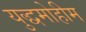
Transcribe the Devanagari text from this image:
युद्धमोहीम